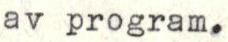
av program.